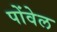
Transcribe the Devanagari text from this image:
पोंवेल